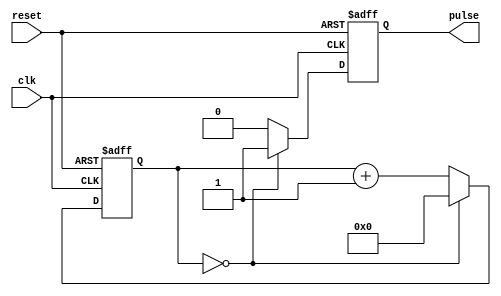
module DutyCyclePulseGenerator (
    input wire clk,
    input wire reset,
    output reg pulse
);

reg [15:0] counter;
reg [3:0] duty_cycle;

always @(posedge clk or posedge reset) begin
    if (reset) begin
        counter <= 16'h0000;
        pulse <= 1'b0;
    end else begin
        if (counter == 16'd0) begin
            pulse <= 1'b1;
            counter <= 16'b0;
        end else begin
            pulse <= 1'b0;
            counter <= counter + 1'b1;
        end
    end
end

always @(posedge clk or posedge reset) begin
    if (reset) begin
        duty_cycle <= 4'h8; // default duty cycle of 50%
    end else begin
        if (duty_cycle < 4'hF) begin
            duty_cycle <= duty_cycle + 1'b1;
        end else begin
            duty_cycle <= 4'h0;
        end
    end
end

endmodule